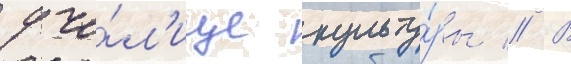
учи́л'ище культу́ры // В